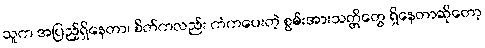
သူက အပြည့်ရှိနေတာ၊ စိတ်ကလည်း ကံကပေးတဲ့ စွမ်းအားသတ္တိတွေ ရှိနေတာဆိုတော့